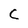
Character: C